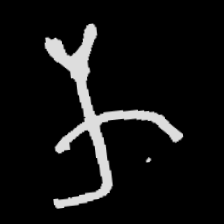
Pyu character \u2014 Myanmar letter: က (romanized: ka)